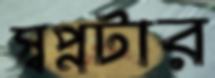
স্বপ্নটার